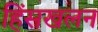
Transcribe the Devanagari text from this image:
हिंसखलन